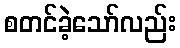
စတင်ခဲ့သော်လည်း